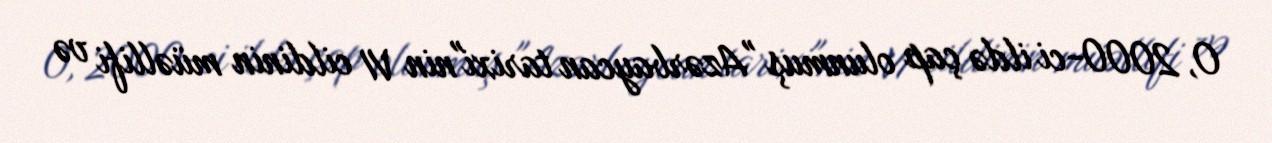
O, 2000-ci ildə çap olunmuş "Azərbaycan tarixi"nin VI cildinin müəllifi və